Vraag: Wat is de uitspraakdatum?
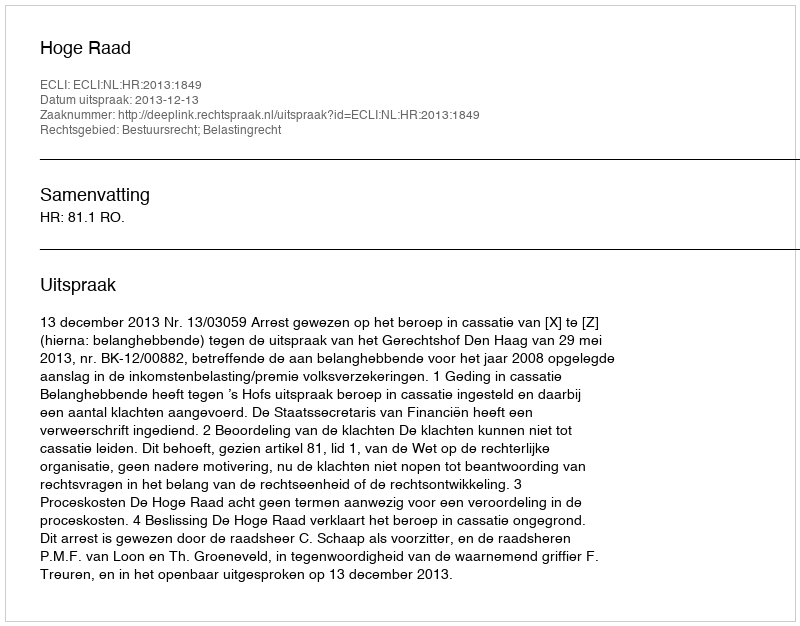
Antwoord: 2013-12-13